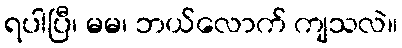
ရပါပြီ၊ မမ၊ ဘယ်လောက် ကျသလဲ။